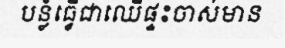
បន្លំធ្វើជាឈើផ្ទះចាស់មាន